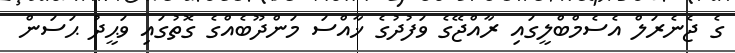
ގެ ޖެނެރަލް އެސެމްބްލީގައި ރާއްޖޭގެ ވަފުދުގެ ޚާއްސަ މަންދޫބެއްގެ ގޮތުގައި ވަޙީދު ޙަސަން